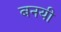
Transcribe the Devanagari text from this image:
बनयी